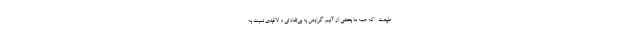
طبیعت- که همهٔ ما بخشی از آنیم. گرایش به بی‌تفاوتی و لاقیدی نسبت به